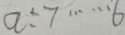
a \div 7 \cdots 6